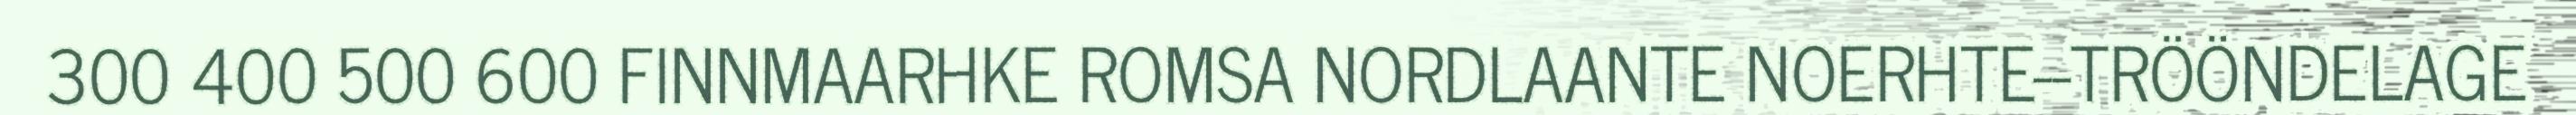
300 400 500 600 FINNMAARHKE ROMSA NORDLAANTE NOERHTE-‐TRÖÖNDELAGE